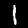
Digit: 1